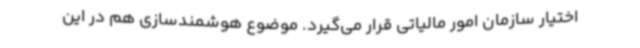
اختیار سازمان امور مالیاتی قرار می‌گیرد. موضوع هوشمندسازی هم در این